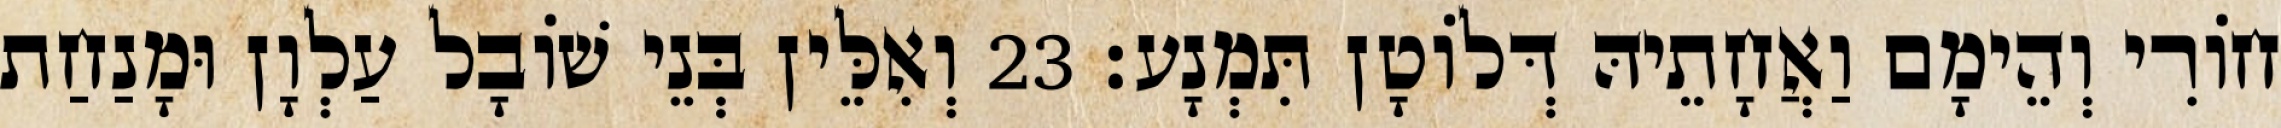
חוֹרִי וְהֵימָם וַאֲחָתֵיהּ דְּלוֹטָן תִּמְנָע׃ 23 וְאִלֵּין בְּנֵי שׁוֹבָל עַלְוָן וּמָנַחַת